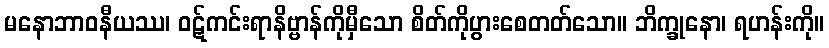
မနောဘာဝနီယဿ၊ ဝဋ်ကင်းရာနိဗ္ဗာန်ကိုမှီသော စိတ်ကိုပွားစေတတ်သော။ ဘိက္ခုနော၊ ရဟန်းကို။